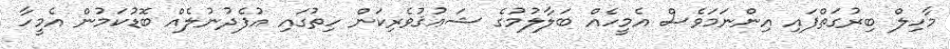
މާހިލް ބިރުގަތްފައި އިންނަމަވެސް އެމީހެއް ބަލާލުމުގެ ޝަޢުޤުވެރިކަން ހިތުގައި އުފެދުނުލެއް ބޮޑުކަމުން އެމީހާ